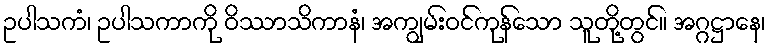
ဥပါသကံ၊ ဥပါသကာကို ဝိဿာသိကာနံ၊ အကျွမ်းဝင်ကုန်သော သူတို့တွင်။ အဂ္ဂဋ္ဌာနေ၊